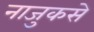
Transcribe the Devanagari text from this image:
नाजुकसे